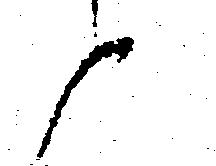
と